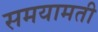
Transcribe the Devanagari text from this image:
समयामती